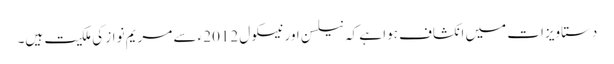
دستاویزات میں انکشاف ہوا ہے کہ نیلسن اور نیسکول 2012ء سے مریم نواز کی ملکیت ہیں۔